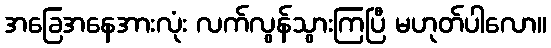
အခြေအနေအားလုံး လက်လွန်သွားကြပြီ မဟုတ်ပါလော။